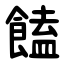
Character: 饁